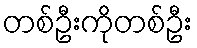
တစ်ဦးကိုတစ်ဦး